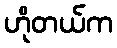
ဟိုတယ်က